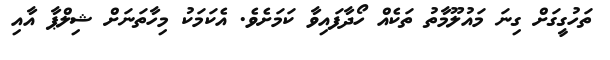
ތަހުގީގަށް ގިނަ މައުލޫމާތު ތަކެއް ހޯދާފައިވާ ކަމަށެވެ. އެކަމަކު މިހާތަނަށް ޝިލްޕާ އާއި